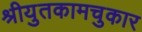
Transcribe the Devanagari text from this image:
श्रीयुतकामचुकार